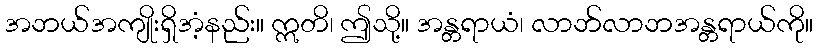
အဘယ်အကျိုးရှိအံ့နည်း။ ဣတိ၊ ဤသို့။ အန္တရာယံ၊ လာဘ်လာဘအန္တရာယ်ကို။